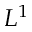
L ^ { 1 }